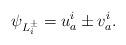
LaTeX: \begin{align*}\psi_{L_i^{\pm}} = {\displaystyle u_a^i \pm v_a^i.}\end{align*}